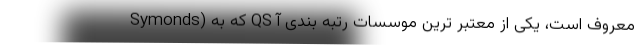
Symonds) که به QS معروف است، یکی از معتبر ترین موسسات رتبه بندی آ